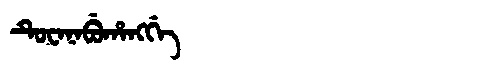
Manchu: ᡨᡠᠸᠠᠨᠠᠪᡠᡥᠠᠩᡤᡝ
Romanization: TUWANABUHANGGE